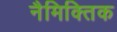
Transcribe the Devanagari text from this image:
नैमिक्तिक